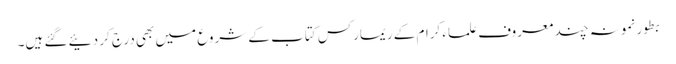
بطور نمونہ چند معروف علماء کرام کے ریمارکس کتاب کے شروع میں بھی درج کر دئیے گئے ہیں۔